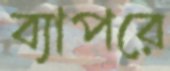
ব্যাপরে